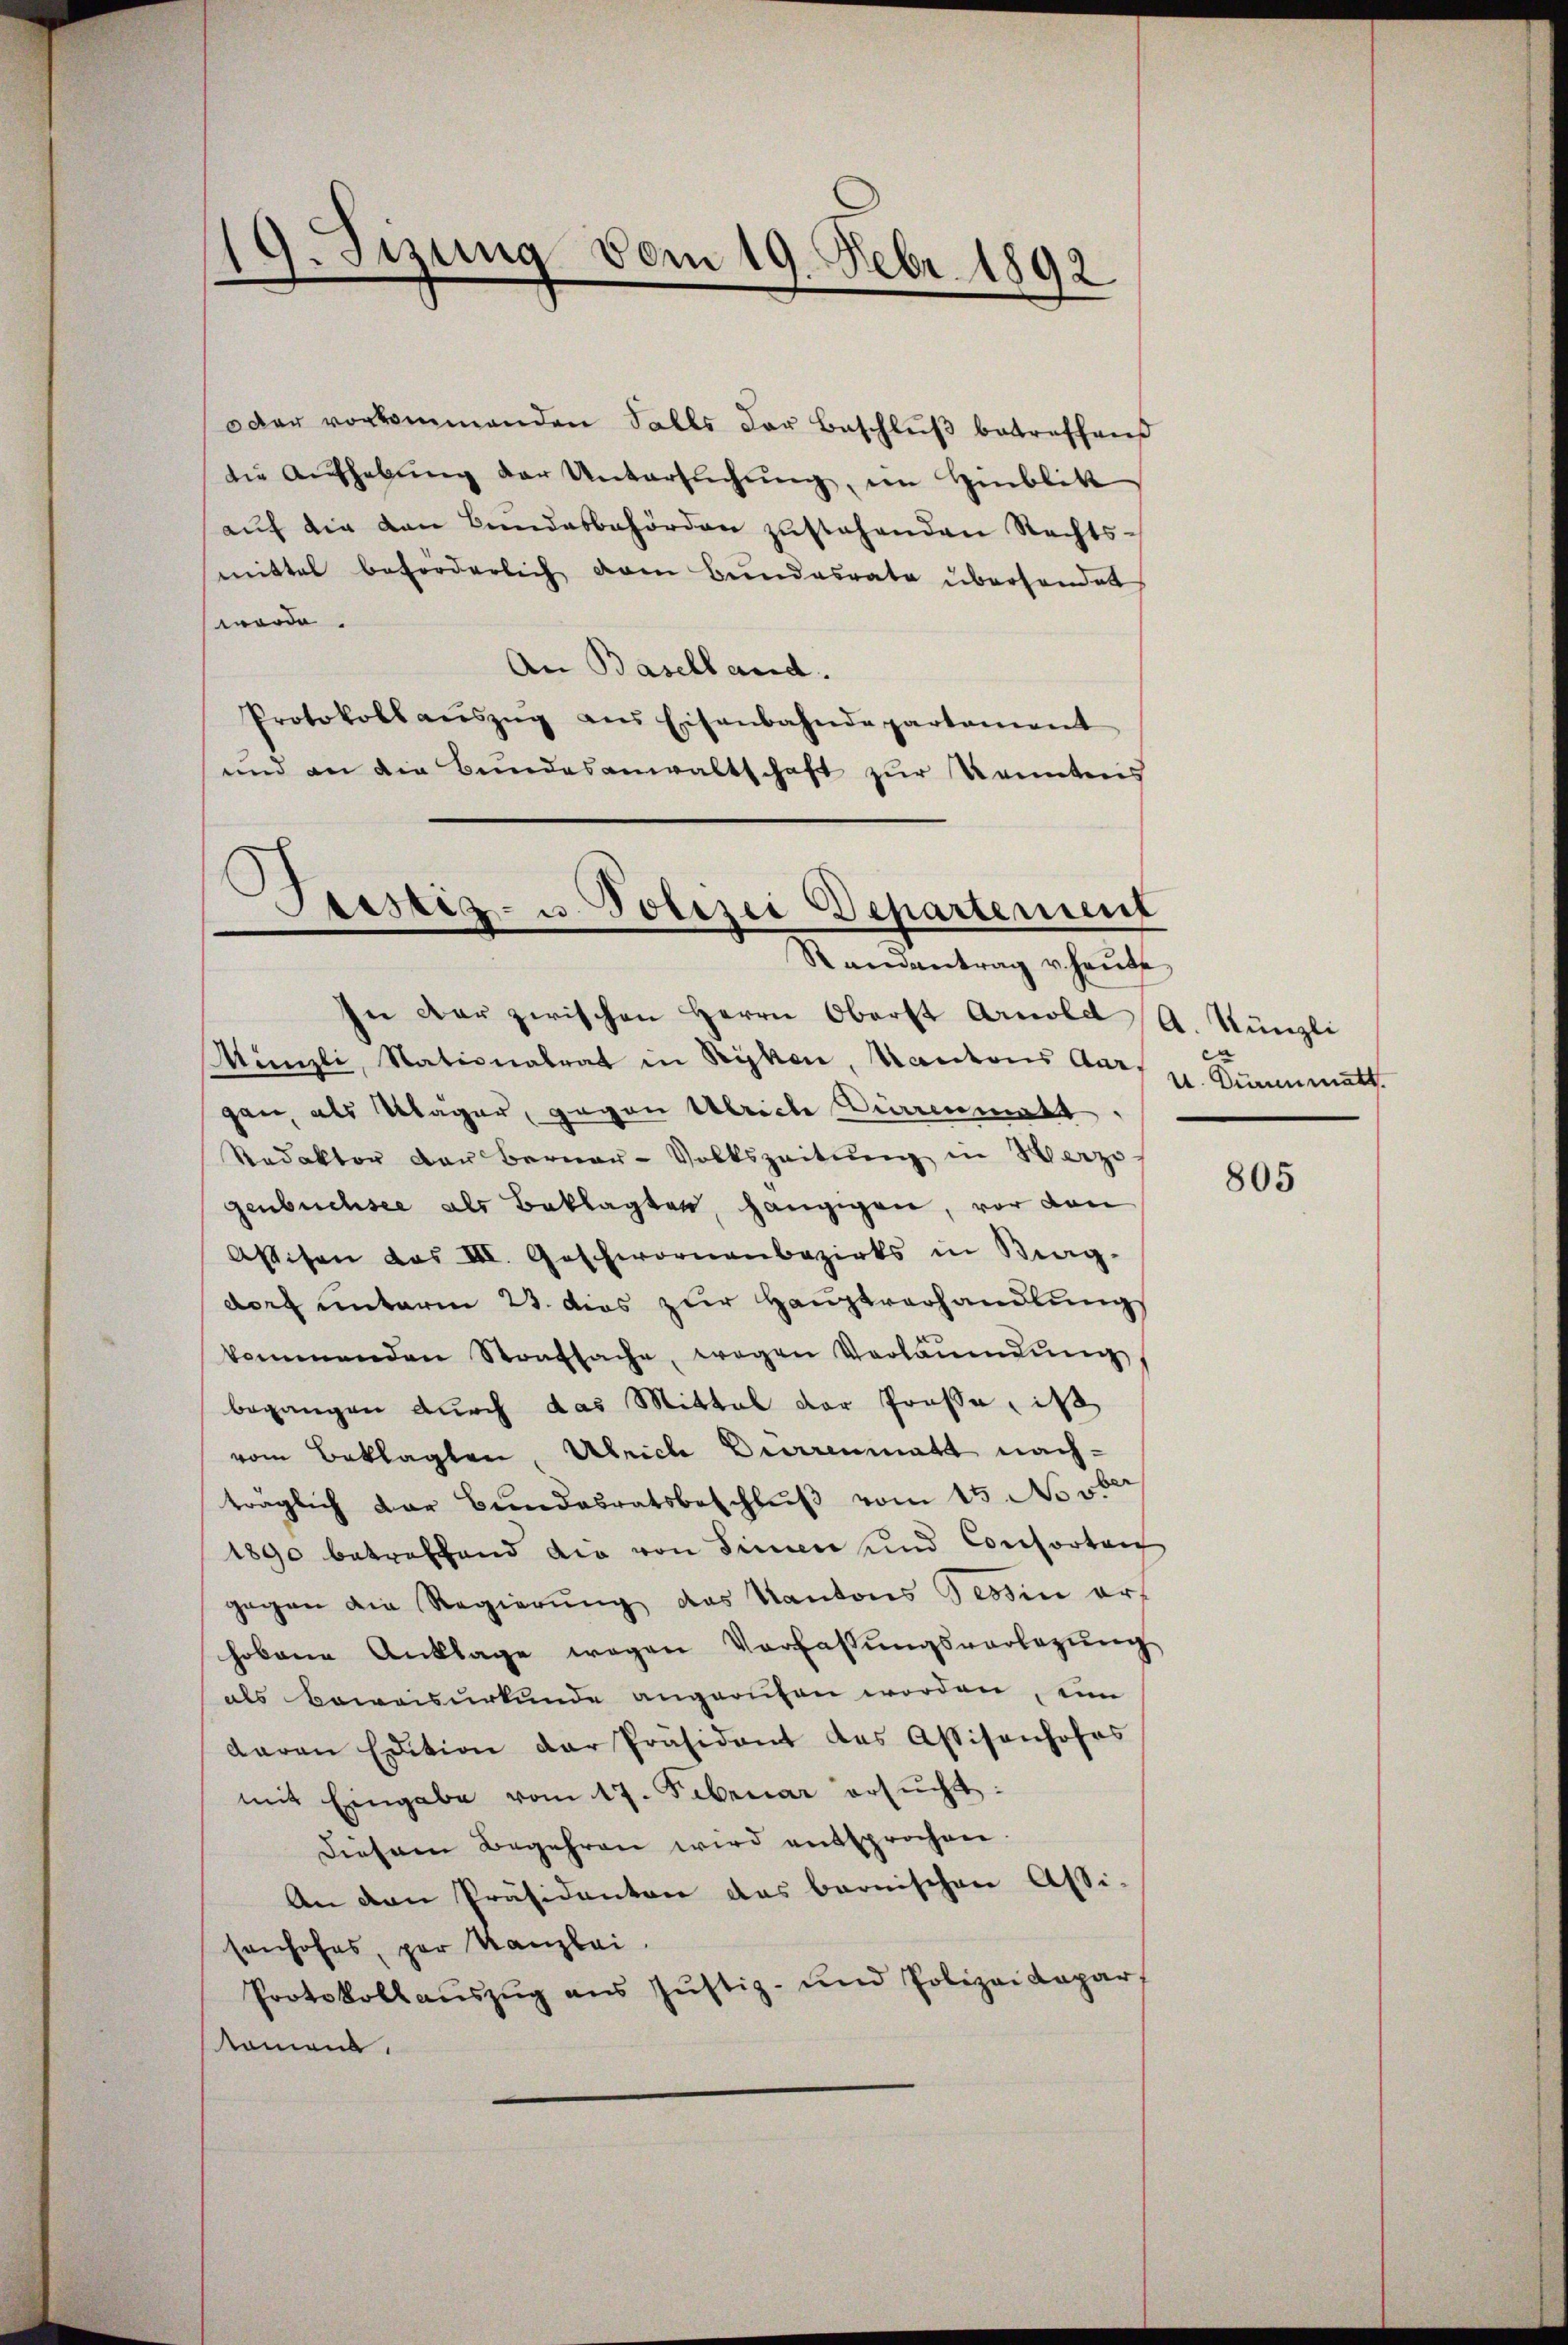
9. Sizung vom 19. Febr. 1892

oder vorkommenden Salls der Beschlŭβ betreffend
die Aŭfhebŭng der Untersŭchŭng, im Hinblik
aŭf die von Bundesbehörden zŭstehenden Nachts-
mittel beforderlich dem Bundesrate überhandet
werde.
An Baselland.
Protokollaŭszŭg ans Eisenbahndepartament
und an die Bundesanwaltschaft zur Kenntens

.
Jesstiz- u. Polizei Departement
.
Randantrag u. heŭte

In der zwischen Herrn Oberst Arnold
Münzli, Nationalrat in Rykon, Kantons Aargan, als Klager, gegen Ulrich Kienmatt,
Redaktor der Berner-Volkszeitŭng in Herzo
genbüchsee als Beklagten, hängigen, vor den
Asisen das III. Geschwornenbezirks in Berg-
dorf unterm 23. dies zur Hauptverhandlung
kommenden Staatsache, wegen Verlaŭmŭng
begangen durch das Mittal der Große, ist
vom Beklagten, Ulrich Durrenmatt nach-
traglich der Bundesratsbeschluß vom 15. Novbr
1890 betreffend die von Sinnen und Consorten
gegen die Regierung das Kantons Tessin erhobene Anklage wegen Verfassŭngsvorlegŭng
als Beweisurkunde angerufen worden, ein
daran Edition der Präsident des Assisanhofes
mit Eingabe vom 17. Februar ersŭcht:
Diesem Begehren wird entsprochen.
An den Präsidenten das bernischen Assi-
sonhofes, par Kanzlei.
Protokollaŭszŭg ans Jŭstiz- und Polizeidepar
kamen.

A. Nünzli
e
U. Dürenmatt.

805